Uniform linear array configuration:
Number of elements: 24
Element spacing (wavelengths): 0.75
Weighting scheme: binomial
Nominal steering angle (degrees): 0
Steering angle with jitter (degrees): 0.199
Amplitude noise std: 0.05
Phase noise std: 0.05

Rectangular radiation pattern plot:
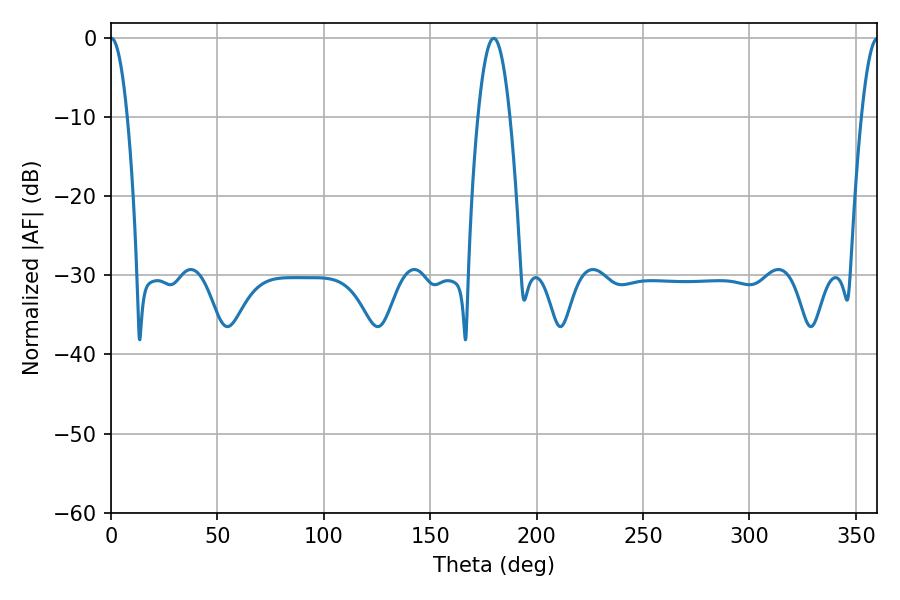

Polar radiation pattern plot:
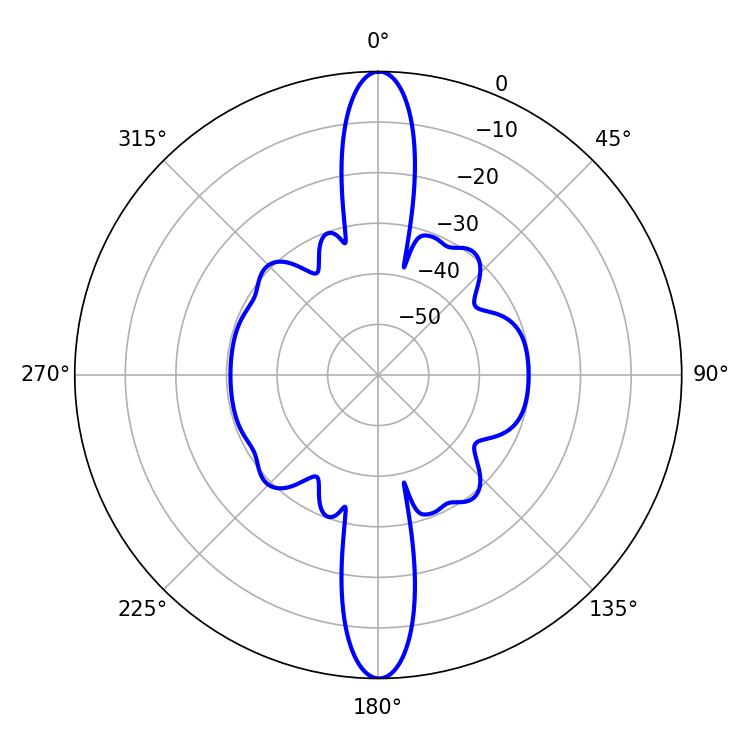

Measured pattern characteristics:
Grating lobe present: TRUE
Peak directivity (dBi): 36.268
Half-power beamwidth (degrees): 4.32
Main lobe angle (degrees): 0.18